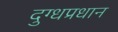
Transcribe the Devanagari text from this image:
दुग्धप्रधान